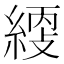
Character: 䌄